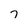
Character: 7